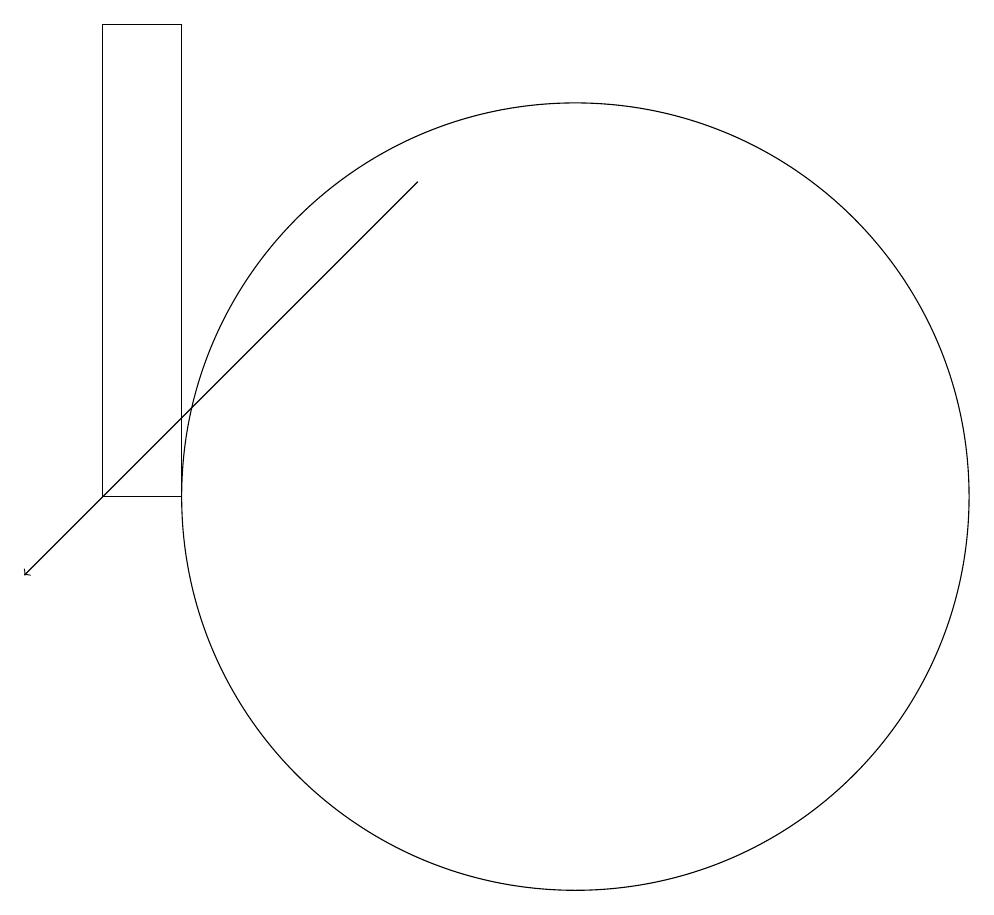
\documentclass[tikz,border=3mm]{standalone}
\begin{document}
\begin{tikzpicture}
\draw[->] (8,15) -- (3,10);
\draw (10,11) circle (5);
\draw (5,11) rectangle (4,17);
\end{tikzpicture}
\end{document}